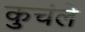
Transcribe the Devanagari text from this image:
कुचंले